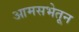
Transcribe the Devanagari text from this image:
आमसभेतून